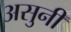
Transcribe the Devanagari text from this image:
असुनी